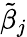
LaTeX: \tilde{\beta}_{j}